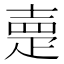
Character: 𡔰